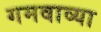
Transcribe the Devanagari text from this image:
गमवाव्या